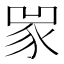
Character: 𧰽